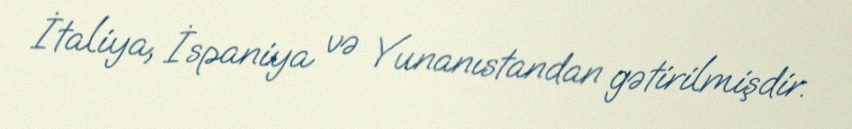
İtaliya, İspaniya və Yunanıstandan gətirilmişdir.